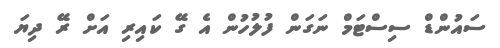
ސައުންޑް ސިސްޓަމް ނަގަން ފުލުހުން އެ ގޭ ކައިރި އަށް ރޭ ދިޔަ